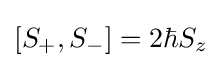
[S_{+},S_{-}]=2\hbar S_{z}